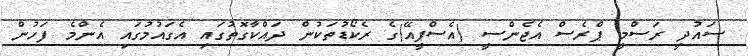
ސައުދީ ރަސްމީ ޕްރެސް އެޖެންސީ (އެސްޕީއޭ)ގެ ރެކޯޑުތަކުން ދައްކާގޮތުގައި އެގައުމުގައި އެންމެ ފަހުން